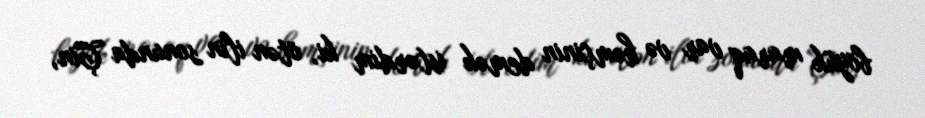
böyük maraq var və həmçinin demək istərdim ki, ötən ilin sonunda Çin,